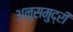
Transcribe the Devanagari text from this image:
अनुसमुद्री